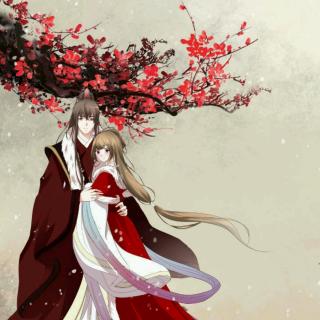
与君别。相思一夜梅花发。